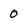
Character: 0